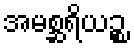
အမစ္ဆရိယဉ္စ